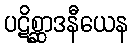
ပဋိစ္ဆာဒနီယေန